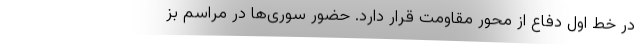
در خط اول دفاع از محور مقاومت قرار دارد. حضور سوری‌ها در مراسم بز